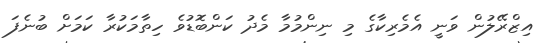
އިޒްރޭލުން ވަނީ އެމެރިކާގެ މި ނިންމުމާ މެދު ކަންބޮޑުވެ ހިތާމަކުރާ ކަމަށް ބުނެފަ